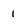
Character: 1